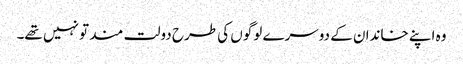
وہ اپنے خاندان کے دوسرے لوگوں کی طرح دولت مند تو نہیں تھے۔